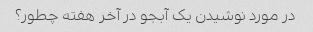
در مورد نوشیدن یک آبجو در آخر هفته چطور؟